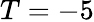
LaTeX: T=-5